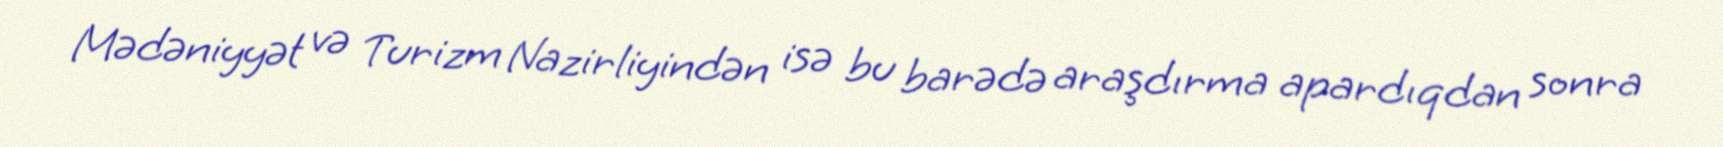
Mədəniyyət və Turizm Nazirliyindən isə bu barədə araşdırma apardıqdan sonra